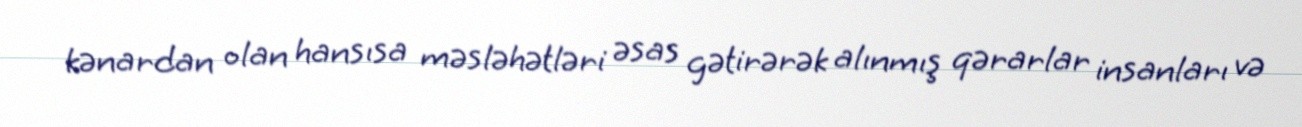
kənardan olan hansısa məsləhətləri əsas gətirərək alınmış qərarlar insanları və